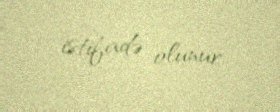
istifadə olunur.